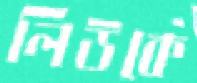
লিউকে